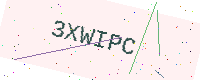
Text: 3XWIPC